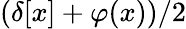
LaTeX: (\delta[x]+\varphi(x))/2